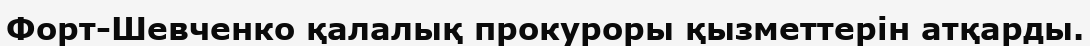
Форт-Шевченко қалалық прокуроры қызметтерін атқарды.